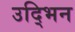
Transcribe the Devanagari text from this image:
उद्भिन